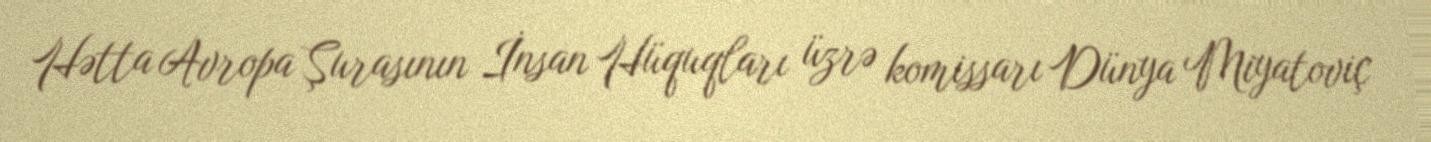
Hətta Avropa Şurasının İnsan Hüquqları üzrə komissarı Dünya Miyatoviç